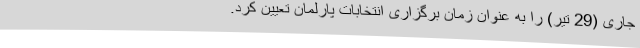
جاری (29 تیر) را به عنوان زمان برگزاری انتخابات پارلمان تعیین کرد.